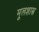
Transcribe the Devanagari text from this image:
मूलशास्त्र